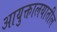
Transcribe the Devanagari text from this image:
आयुक्तालयातील